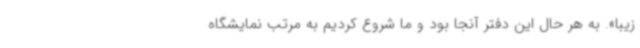
زیبا». به هر حال این دفتر آنجا بود و ما شروع کردیم به مرتب نمایشگاه